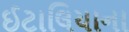
ઈટાલિયાના